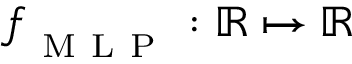
f _ { _ \mathrm { ~ M ~ L ~ P ~ } } : \mathbb { R } \mapsto \mathbb { R }